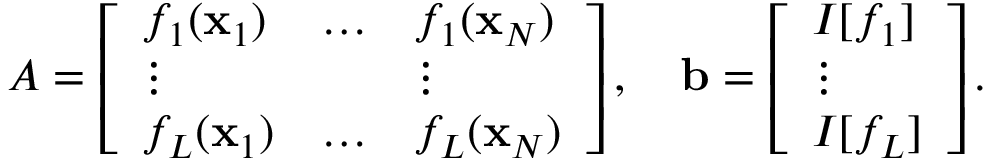
A = \left[ \begin{array} { l l l } { f _ { 1 } ( \mathbf { x } _ { 1 } ) } & { \dots } & { f _ { 1 } ( \mathbf { x } _ { N } ) } \\ { \vdots } & & { \vdots } \\ { f _ { L } ( \mathbf { x } _ { 1 } ) } & { \dots } & { f _ { L } ( \mathbf { x } _ { N } ) } \end{array} \right] , \quad \mathbf { b } = \left[ \begin{array} { l } { I [ f _ { 1 } ] } \\ { \vdots } \\ { I [ f _ { L } ] } \end{array} \right] .